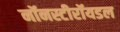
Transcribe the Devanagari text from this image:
नॉनस्टीरॉयडल